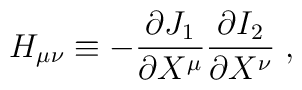
H_{\mu \nu} \equiv - \frac{\partial J_1}{\partial X^\mu}   \frac{\partial I_2}{\partial X^\nu} \;,